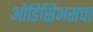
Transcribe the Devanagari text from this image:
ओडिसिअसचा